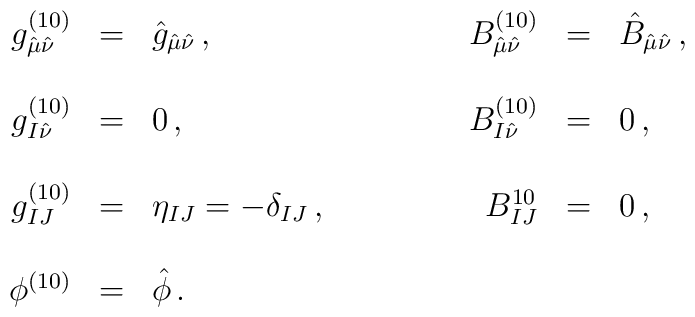
\begin{array}{rclrcl}g^{(10)}_{\hat{\mu}\hat{\nu}} & = & \hat{g}_{\hat{\mu}\hat{\nu}}\, ,&B^{(10)}_{\hat{\mu}\hat{\nu}} & = & \hat{B}_{\hat{\mu}\hat{\nu}}\, ,\\& & & & &\\g^{(10)}_{I\hat{\nu}} & = & 0\, ,&B^{(10)}_{I\hat{\nu}} & = & 0\, ,\\& & & & &\\g^{(10)}_{IJ} & = & \eta_{IJ}=-\delta_{IJ}\, ,\hspace{1.5cm}&B^{10}_{IJ} & = & 0\, ,\\& & & & &\\\phi^{(10)} & = & \hat{\phi}\, .& & &\end{array}